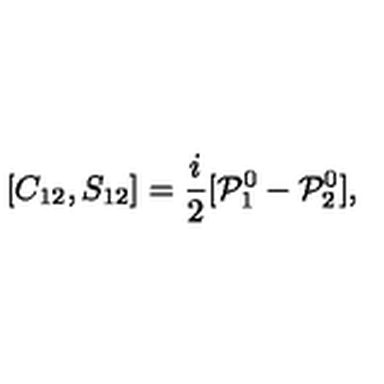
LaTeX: [ C _ { 1 2 } , S _ { 1 2 } ] = \frac { i } { 2 } [ { \cal P } _ { 1 } ^ { 0 } - { \cal P } _ { 2 } ^ { 0 } ] ,